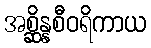
အစ္ဆိန္နစီဝရိကာယ